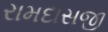
રામદાસજી